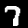
Digit: 7